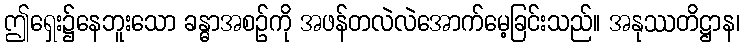
ဤရှေး၌နေဘူးသော ခန္ဓာအစဉ်ကို အဖန်တလဲလဲအောက်မေ့ခြင်းသည်။ အနုဿတိဋ္ဌာန၊